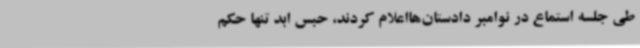
طی جلسه استماع در نوامبر دادستان‌هااعلام کردند، حبس ابد تنها حکم